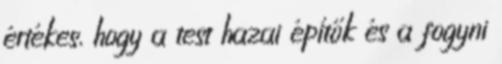
értékes, hogy a test hazai építők és a fogyni